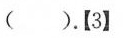
().【3】